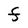
Character: F